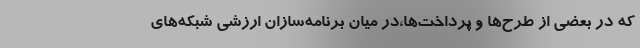
که در بعضی از طرح‌ها و پرداخت‌ها،در میان برنامه‌سازان ارزشی شبکه‌های